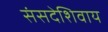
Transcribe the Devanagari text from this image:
संसदेशिवाय